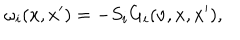
\omega _ { i } ( x , x ^ { \prime } ) = - S _ { i } G _ { i } ( \nu , x , x ^ { \prime } ) ,